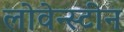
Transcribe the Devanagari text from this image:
लोवेन्स्टीन